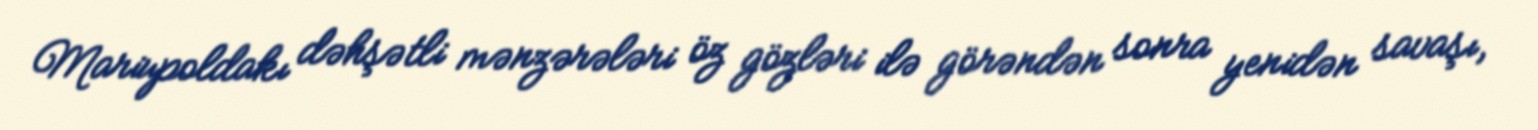
Mariupoldakı dəhşətli mənzərələri öz gözləri ilə görəndən sonra yenidən savaşı,